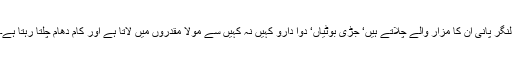
لنگر پانی ان کا مزار والے چلاتے ہیں‘ جڑی بوٹیاں‘ دوا دارو کہیں نہ کہیں سے مولا مقدروں میں لاتا ہے اور کام دھام چلتا رہتا ہے۔